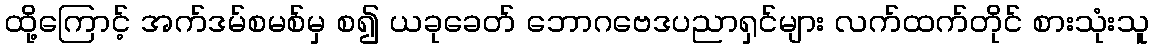
ထို့ကြောင့် အက်ဒမ်စမစ်မှ စ၍ ယခုခေတ် ဘောဂဗေဒပညာရှင်များ လက်ထက်တိုင် စားသုံးသူ